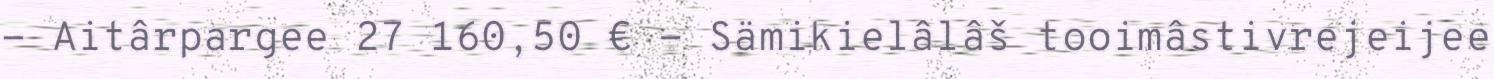
- Aitârpargee 27 160,50 € - Sämikielâlâš tooimâstivrejeijee